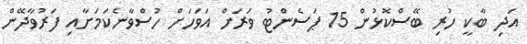
އަދި ބާކީ ހުރި ބޭސްކޮޅުން 15 ޕަސެންޓު ވަރަށް އަވަހަށް ހުސްވާނެކަމަށާއި ފަރުވާދޭން